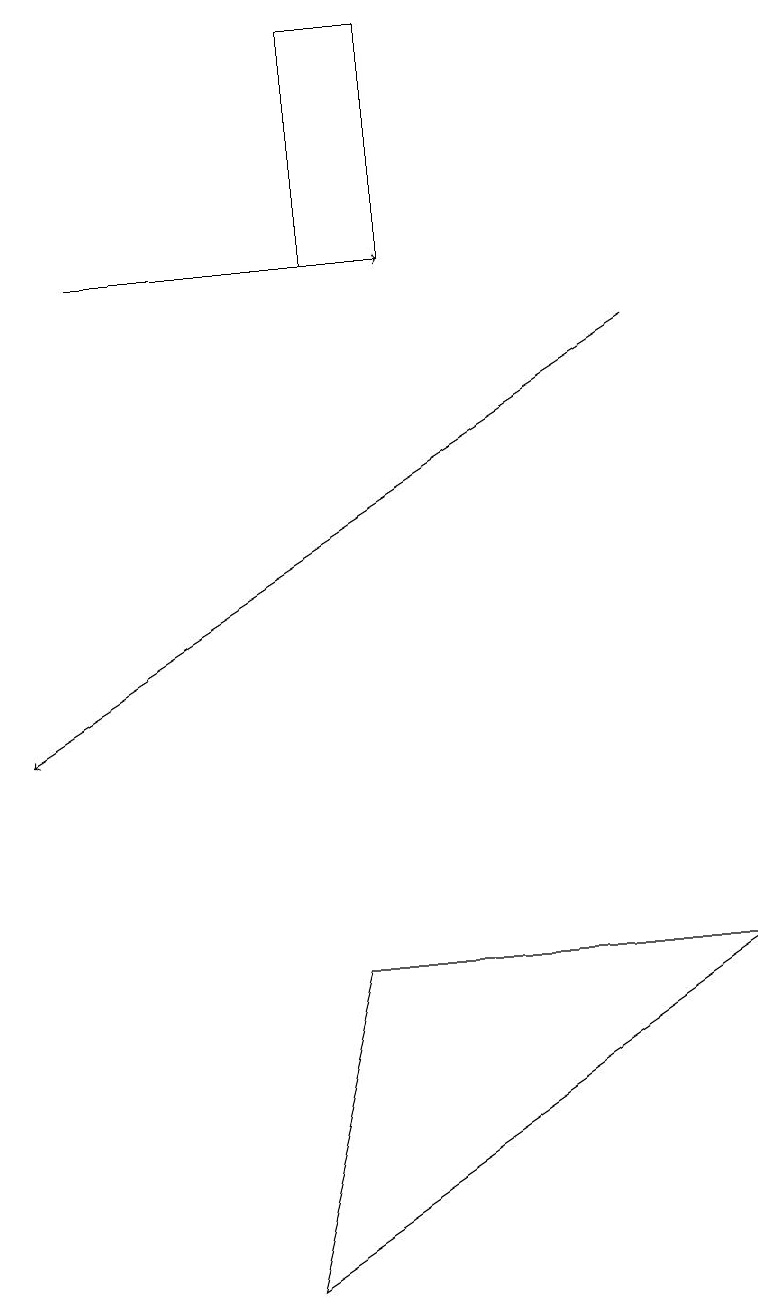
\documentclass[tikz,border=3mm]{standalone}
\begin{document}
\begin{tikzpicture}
\draw (4,16) rectangle (5,19);
\draw[->] (8,15) -- (0,10);
\draw[->] (1,16) -- (5,16);
\draw (3,3) -- (9,7) -- (4,7) -- cycle;
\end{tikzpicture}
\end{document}